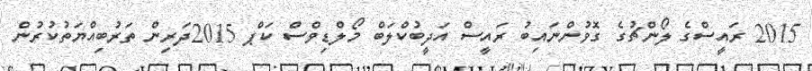
2015 ރައީސްގެ ލޯންޗުގެ ގޮވުންނައިބު ރައީސް އަދީބުކްލަބް މޯލްޑިވްސް ކަޕް 2015ދަރިން ތަރުބިއްޔަތުކުރުން